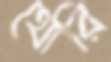
থোরি